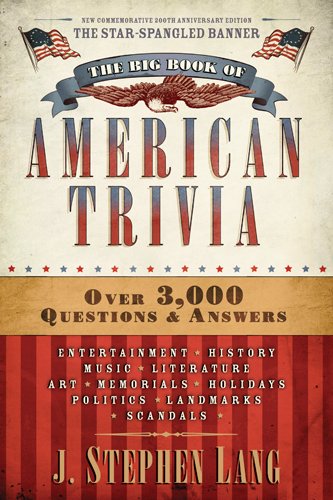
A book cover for The Big Book of American Trivia; J. Stephen Lang; Humor & Entertainment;